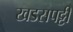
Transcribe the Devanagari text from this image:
खडसपट्टी